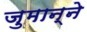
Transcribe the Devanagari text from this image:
जुमान्ने